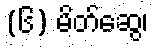
(၆) မိတ်ဆွေ၊